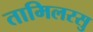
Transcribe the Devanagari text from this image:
तामिलरसु